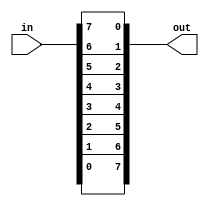
module top_module(
    input [7:0] in,
    output [7:0] out
);
    integer i;
    always @(*)
        for (i = 0; i < 8; i = i + 1)
            out[i] = in[7 - i];

endmodule